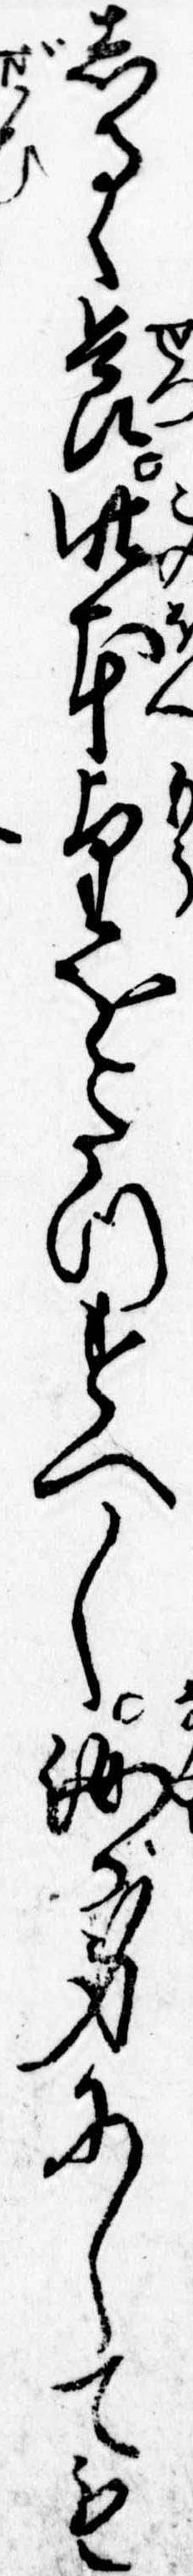
しるゝ節此本望をたつすへし汝が身にしても